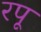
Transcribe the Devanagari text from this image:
रपू